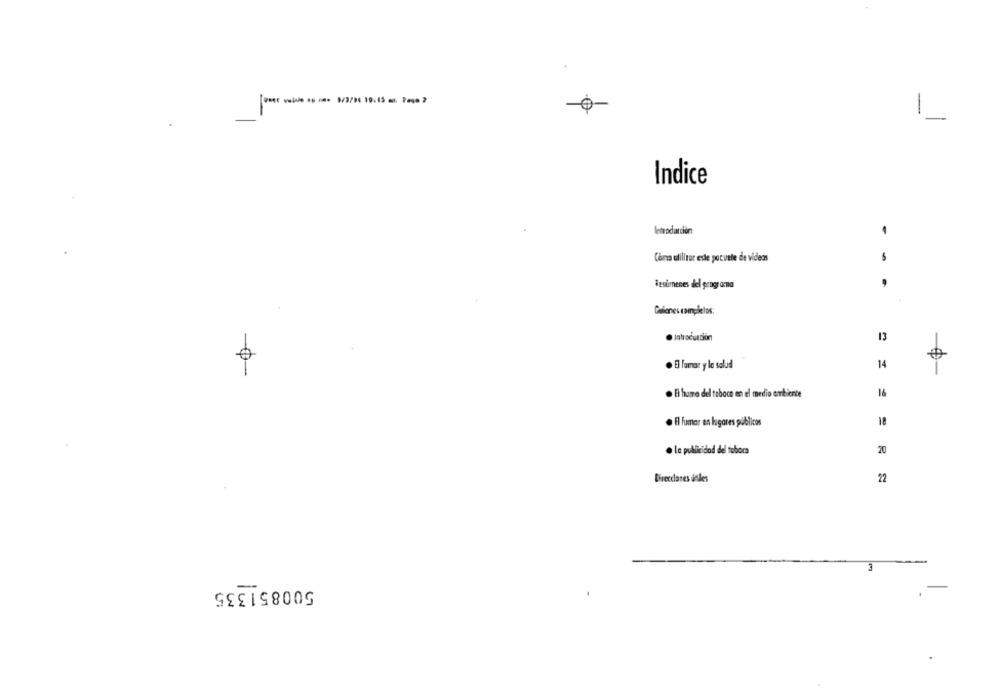
[PERE valide ap ne= 8/3/DC 19:43 am Page 2
1
Indice
Introducción
4
Cona utilizar este pocute de videos
..
Resúmenes del programma
Galones complelos:
Introducción
13
. El lamar y la salud
14
. El home del tabaco en el medio ambiente
16
. El fumar en lugares públicos
18
. Le publicidad del toboca
20
Direcclanes andes
22
500851335